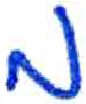
אות: מ